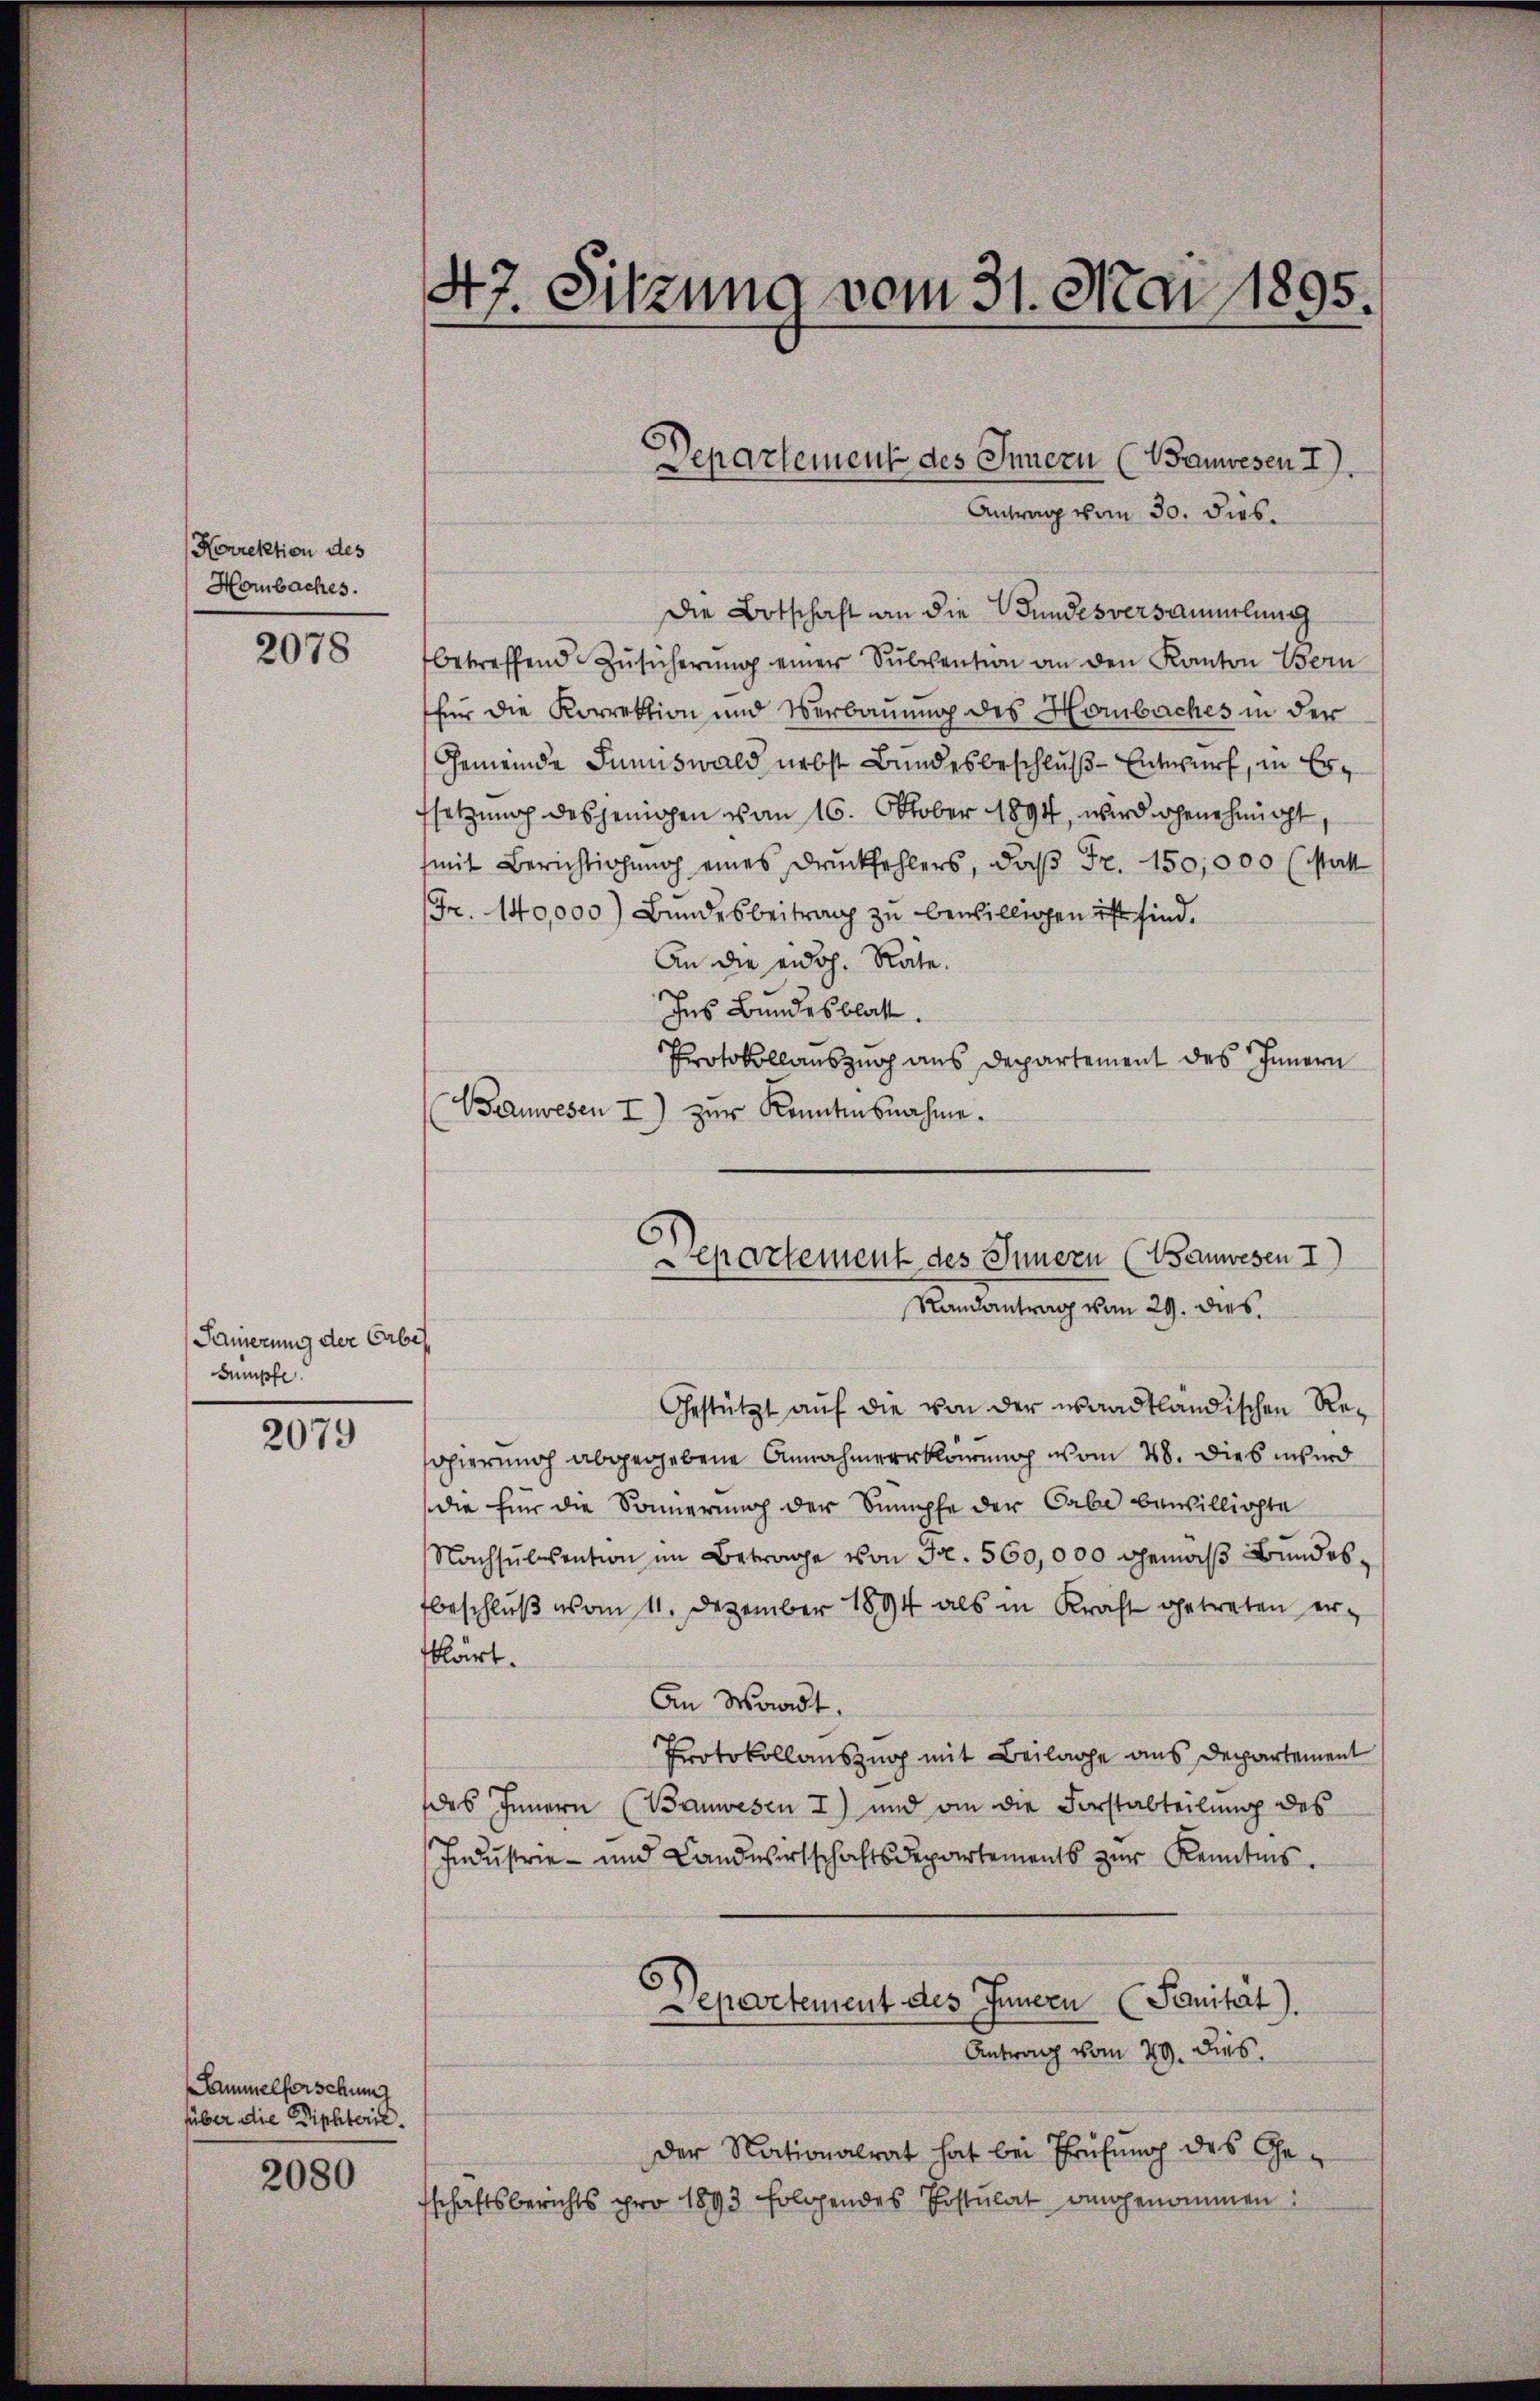
Horrektion des
Hombaches.

2078

Sauerung der Erbes
Sumpfe

2079

Sammelferschung
füber die Diphterie.

2080

47. Sitzung vom 31. Mai 1895.

Die Botschaft an die Wundesversammlung
betreffend Zŭsicherŭng einer Sŭbvention an den Kanton Bern
für die Korrektion und Verbauung des Horbaches in der
Gemeinde Sinnswald nebst Bundesbeschluß - Entwurf, in Ersetzung desjenigen von 16. Oktober 1894, wird ohnehingt,
(mit Berichtigŭng eines Druckfehlers, daβ Fr. 150,000 (Mall
Fr. 140,000) Bundesbeitrag zu bewilligen ist sind.
An die eidg. Rate.
Ins Bundesblatt.
Protokollauszug aus Departement des Innern
Banwesen I) zŭr Kenntnisnahme.
Gestützt auf die von der waadtländischen Reopierung abgegebene Annahmeerklärung vom 28. Dies wird
die für die Sonnerung der Sumpfe der Gabe bewilligte
Nachsulesention im Betrage von Fr. 560,000 gemäß Bundesbeschluß vom 11. Dezember 1894 als in Kraft getreten ertklärt.
An Waadt.
Protokollauszug mit Beilage aus Departement
des Innern (Bauwesen I) und an die Forstabteilung des
Industrie - und Landwirtschaftsdepartements zur Kenntnis.
Departement des Innern (Sanität).
Antrag vom 29. Dies
der Nationalrat hat bei Prüfung des Ge-
schäftsberichts pro 1893 folgendes Postulat angenommen:

Departement des Innern (Bauwesen I
Antrag vom 30. dies.

5
epartement des Innern (Wanwesen I
Randantrag vom 29. dies